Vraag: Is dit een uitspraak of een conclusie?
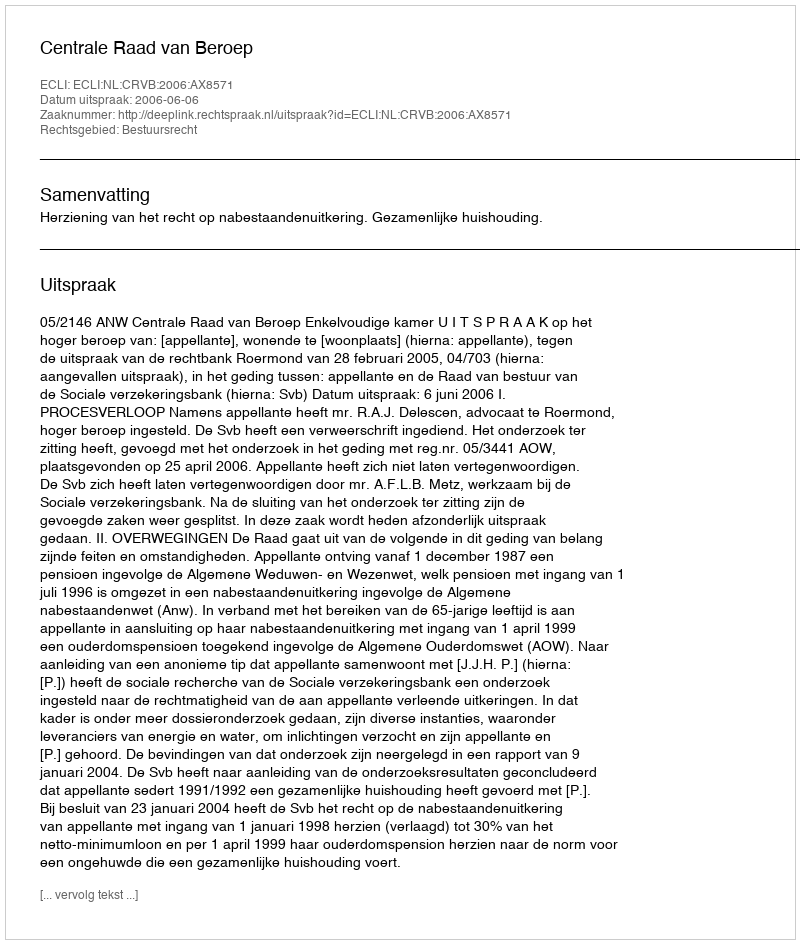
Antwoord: Uitspraak